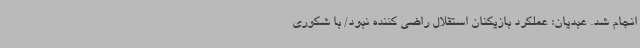
انجام شد. عبدیان: عملکرد بازیکنان استقلال راضی کننده نبود/ با شکوری